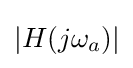
|H(j\omega _{a})|